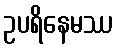
ဥပရိနေမဿ